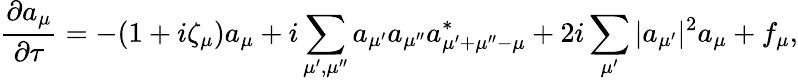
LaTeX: \frac{\partial a_{\mu}}{\partial{\tau}}=-(1+i\zeta_{\mu})a_{\mu}+i\sum_{\mu^{\prime},\mu^{\prime\prime}}a_{\mu^{\prime}}a_{\mu^{\prime\prime}}a_{\mu^{\prime}+\mu^{\prime\prime}-\mu}^{*}+2i\sum_{\mu^{\prime}}|a_{\mu^{\prime}}|^{2}a_{\mu}+f_{\mu},